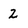
Character: 2